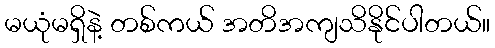
မယုံမရှိနဲ့ တစ်ကယ် အတိအကျသိနိုင်ပါတယ်။